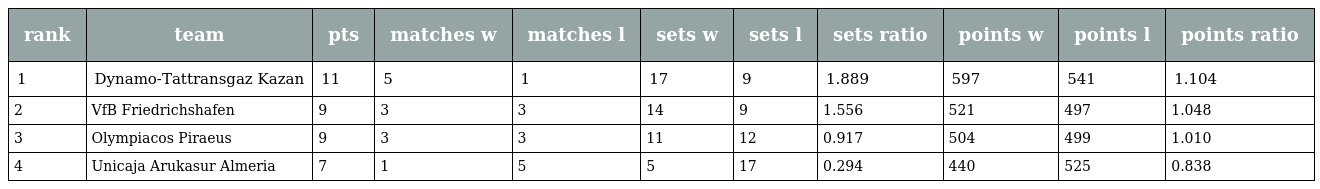
| rank | team | pts | matches w | matches l | sets w | sets l | sets ratio | points w | points l | points ratio |
 | --- | --- | --- | --- | --- | --- | --- | --- | --- | --- | --- |
 | 1 | Dynamo-Tattransgaz Kazan | 11 | 5 | 1 | 17 | 9 | 1.889 | 597 | 541 | 1.104 |
 | 2 | VfB Friedrichshafen | 9 | 3 | 3 | 14 | 9 | 1.556 | 521 | 497 | 1.048 |
 | 3 | Olympiacos Piraeus | 9 | 3 | 3 | 11 | 12 | 0.917 | 504 | 499 | 1.010 |
 | 4 | Unicaja Arukasur Almeria | 7 | 1 | 5 | 5 | 17 | 0.294 | 440 | 525 | 0.838 |